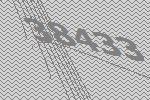
38433